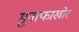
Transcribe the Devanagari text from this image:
मुनाफाखोर